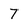
Character: 7